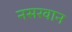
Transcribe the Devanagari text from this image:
नसरवान